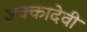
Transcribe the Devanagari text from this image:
अक्कादेवी